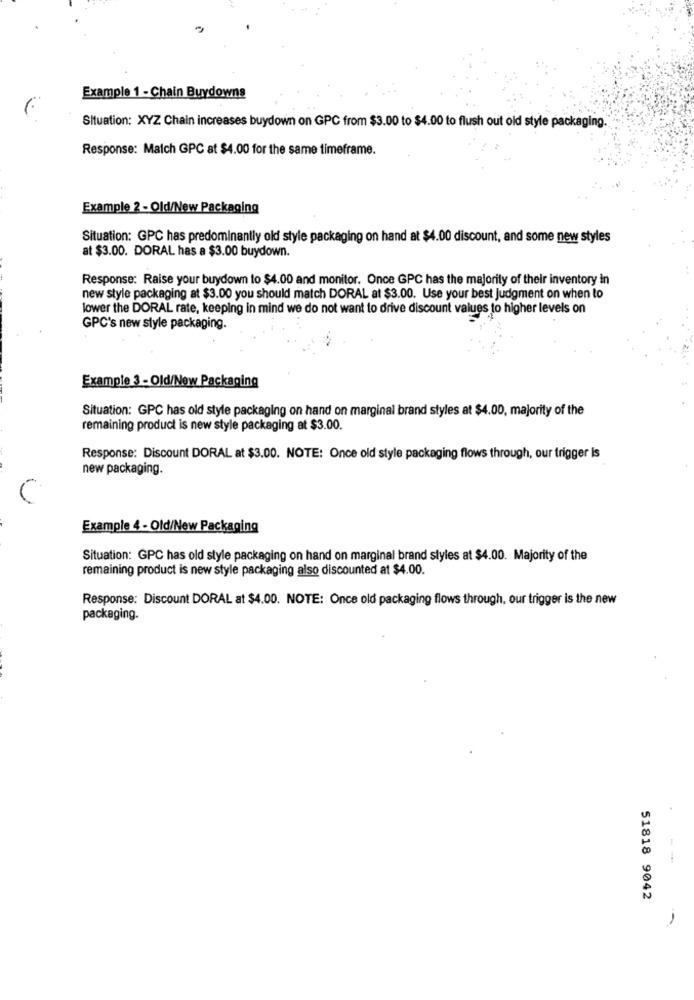
Example 1 - Chain Buydowns
Situation: XYZ Chain increases buydown on GPC from $3.00 to $4.00 to flush out old style packaging.
Response: Match GPC at $4.00 for the same timeframe.
Example 2 - Old/New Packaging
Situation: GPC has predominantly old style packaging on hand at $4.00 discount, and some new styles
at $3.00. DORAL has a $3.00 buydown.
Response: Raise your buydown to $4.00 and monitor. Once GPC has the majority of their inventory in
new style packaging at $3.00 you should match DORAL at $3.00. Use your best Judgment on when to
lower the DORAL rate, keeping in mind we do not want to drive discount values to higher levels on
GPC's new style packaging.
Example 3 - Old/New Packaging
Situation: GPC has old style packaging on hand on marginal brand styles at $4.00, majority of the
remaining product is new style packaging at $3.00.
Response: Discount DORAL at $3.00. NOTE: Once old style packaging flows through, our trigger Is
new packaging.
Example 4 - Old/New Packaging
Situation: GPC has old style packaging on hand on marginal brand styles at $4.00. Majority of the
remaining product is new style packaging also discounted at $4.00.
Response: Discount DORAL at $4.00. NOTE: Once old packaging flows through, our trigger is the new
packaging.
51818 9042
-